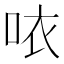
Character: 𠲖